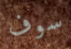
سوف